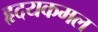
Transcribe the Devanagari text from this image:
हृदयकमल